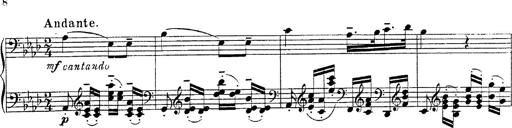
Title: Fantasie Ã¼ber Themen aus Mozarts Figaro und Don Giovanni
Composer: Franz Liszt